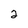
Character: 2